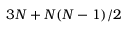
3 N + N ( N - 1 ) / 2